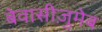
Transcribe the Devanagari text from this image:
बेवासीज़ुमेब